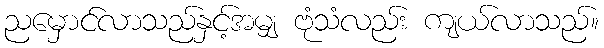
ညမှောင်လာသည်နှင့်အမျှ ဗုံသံလည်း ကျယ်လာသည်။